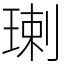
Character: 㻝